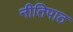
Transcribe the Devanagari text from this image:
नीतिपाठ